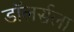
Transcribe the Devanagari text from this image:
डॉलर्सला